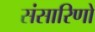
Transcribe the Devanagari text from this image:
संसारिणो